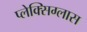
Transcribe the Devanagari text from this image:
प्लेक्सिग्लास